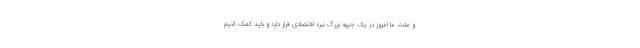
و ملت ما امروز در یک جبهه بزرگ نبرد اقتصادی قرار دارد و باید کمک کنیم